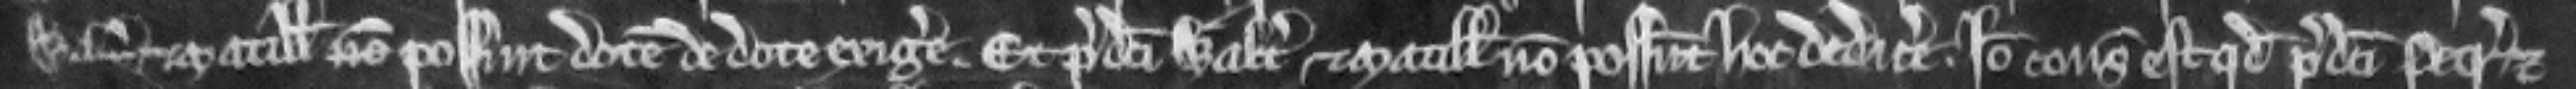
Walterus et Matillis non possint dotem de dote exigere. Et predicti Walterus et Matillis non possunt hoc dedicere. Ideo consideratum est quod predicti Petrus